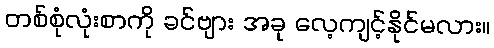
တစ်စုံလုံးစာကို ခင်ဗျား အခု လေ့ကျင့်နိုင်မလား။